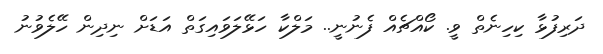
ދަރިފުޅާ ކިހިނެތް ވީ. ކޯއްޗެއް ފެނުނީ.. މަލްކާ ހަޅޭލަވައިގަތް އަޑަށް ނިދިން ހޭލެވުނު